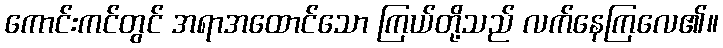
ကောင်းကင်တွင် အရာအထောင်သော ကြယ်တို့သည် လက်နေကြလေ၏။